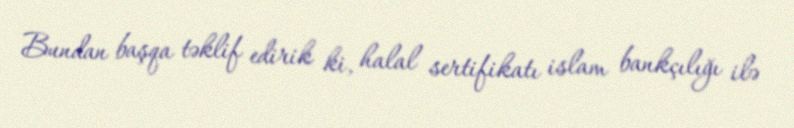
Bundan başqa təklif edirik ki, halal sertifikatı islam bankçılığı ilə